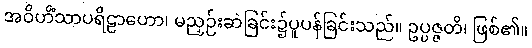
အဝိဟိံသာပရိဠာဟော၊ မညှဉ်းဆဲခြင်း၌ပူပန်ခြင်းသည်။ ဥပ္ပဇ္ဇတိ၊ ဖြစ်၏။